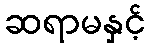
ဆရာမနှင့်